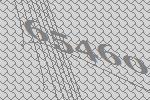
65460